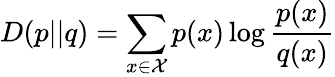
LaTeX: D(p||q)=\sum_{x\in\mathcal{X}}p(x)\log{\frac{p(x)}{q(x)}}